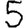
Digit: 5